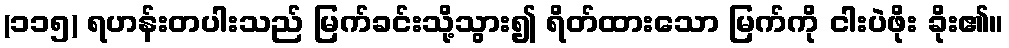
(၁၁၅) ရဟန်းတပါးသည် မြက်ခင်းသို့သွား၍ ရိတ်ထားသော မြက်ကို ငါးပဲဖိုး ခိုး၏။